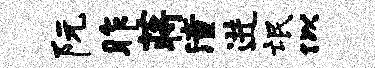
阮昨蒋潼进氓似